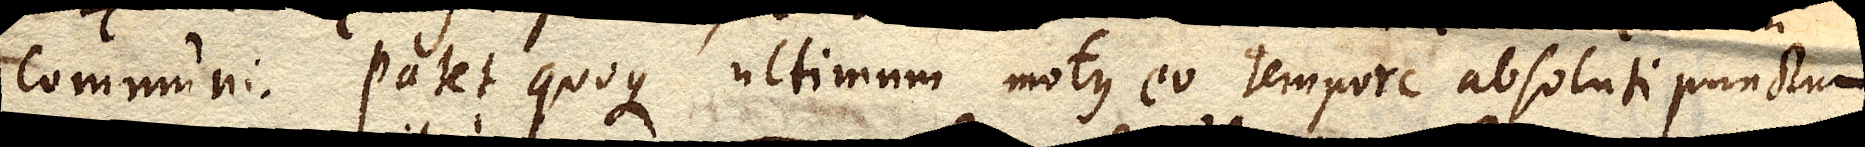
communi. Patet quoque ultimum motus eo tempore absoluti punctum